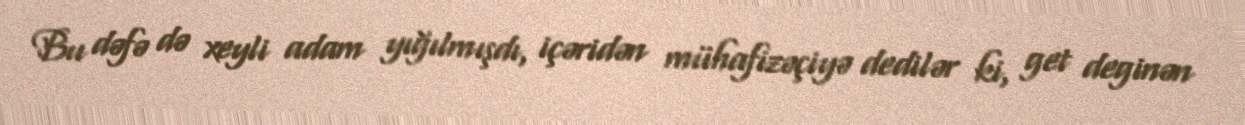
Bu dəfə də xeyli adam yığılmışdı, içəridən mühafizəçiyə dedilər ki, get deginən